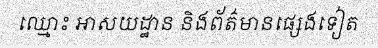
ឈ្មោះ អាសយដ្ឋាន និងព័ត៌មានផ្សេងទៀត